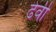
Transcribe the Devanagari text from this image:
ढेवी